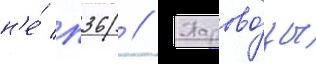
н'е́ п36 // Парово́зы